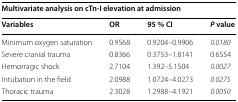
| <COLSPAN=4> Multivariate analysis on cTn-I elevation at admission |
 | Variables | OR | 95 % CI | P value |
 | --- | --- | --- | --- |
 | Minimum oxygen saturation | 0.9568 | 0.9204–0.9906 | 0.0180 |
 | Severe cranial trauma | 0.8366 | 0.3753–1.8141 | 0.6554 |
 | Hemorragic shock | 2.7104 | 1.392–5.1504 | 0.0027 |
 | Intubation in the field | 2.0988 | 1.0724–4.0273 | 0.0275 |
 | Thoracic trauma | 2.3028 | 1.2988–4.1921 | 0.0050 |